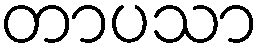
တာပသာ